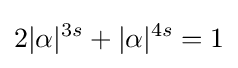
2|\alpha |^{3s}+|\alpha |^{4s}=1